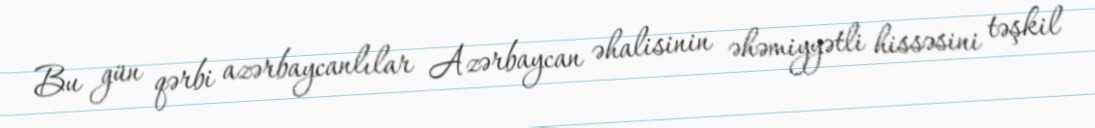
Bu gün qərbi azərbaycanlılar Azərbaycan əhalisinin əhəmiyyətli hissəsini təşkil